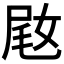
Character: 𫰵